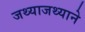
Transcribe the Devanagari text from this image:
जथ्याजथ्याने